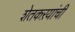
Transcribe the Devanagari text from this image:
शेतकऱयांची